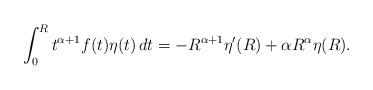
LaTeX: \begin{align*}\int_{0}^R t^{\alpha+1}f(t)\eta(t)\,dt=-R^{\alpha+1}\eta'(R)+\alpha R^{\alpha}\eta(R).\end{align*}